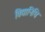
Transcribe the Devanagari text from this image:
विद्यानिधिः